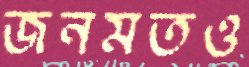
জনমতও